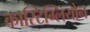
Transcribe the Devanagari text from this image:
कास्टिग्लियोन